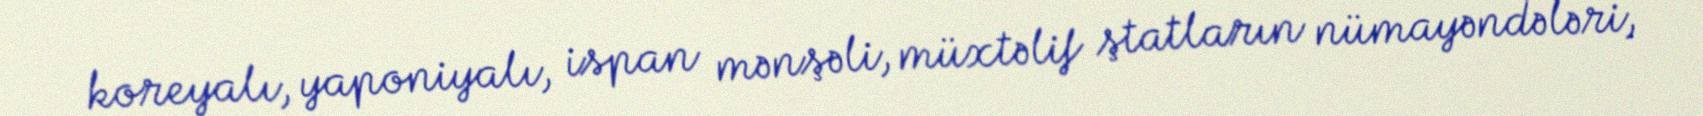
koreyalı, yaponiyalı, ispan mənşəli, müxtəlif ştatların nümayəndələri,